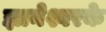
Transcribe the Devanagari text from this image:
ज्ञानेश्वरके